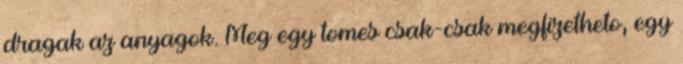
dragak az anyagok. Meg egy tomes csak-csak megfizetheto, egy